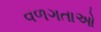
વળગતાઓ